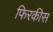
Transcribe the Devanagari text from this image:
फिरकीस